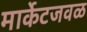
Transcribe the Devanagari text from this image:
मार्केटजवळ